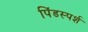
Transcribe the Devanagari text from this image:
पिंडस्पर्श